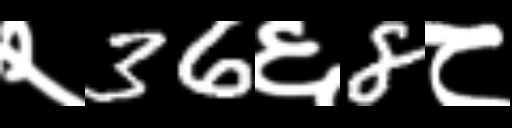
Text: २36६8८